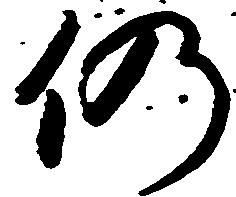
仍